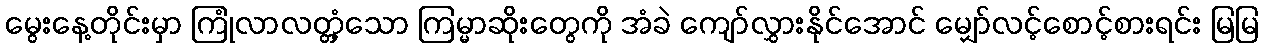
မွေးနေ့တိုင်းမှာ ကြုံလာလတ္တံ့သော ကြမ္မာဆိုးတွေကို အံခဲ ကျော်လွှားနိုင်အောင် မျှော်လင့်စောင့်စားရင်း မြမြ